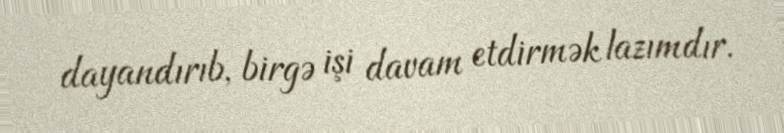
dayandırıb, birgə işi davam etdirmək lazımdır.